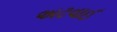
અટવાઈ